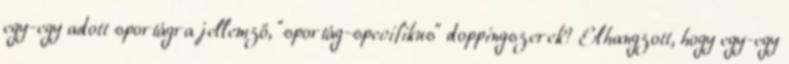
egy-egy adott sportágra jellemző, "sportág-specifikus" doppingszerek? Elhangzott, hogy egy-egy